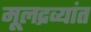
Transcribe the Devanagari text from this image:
मूलद्रव्यांत